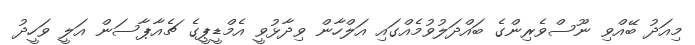
މިއަދު ބޭއްވި ނޫސްވެރިންގެ ބައްދަލުވުމެއްގައި އަލްހާން ވިދާޅުވީ އެމްޑީޕީގެ ޗެއާޕާސަން އަލީ ވަހީދު